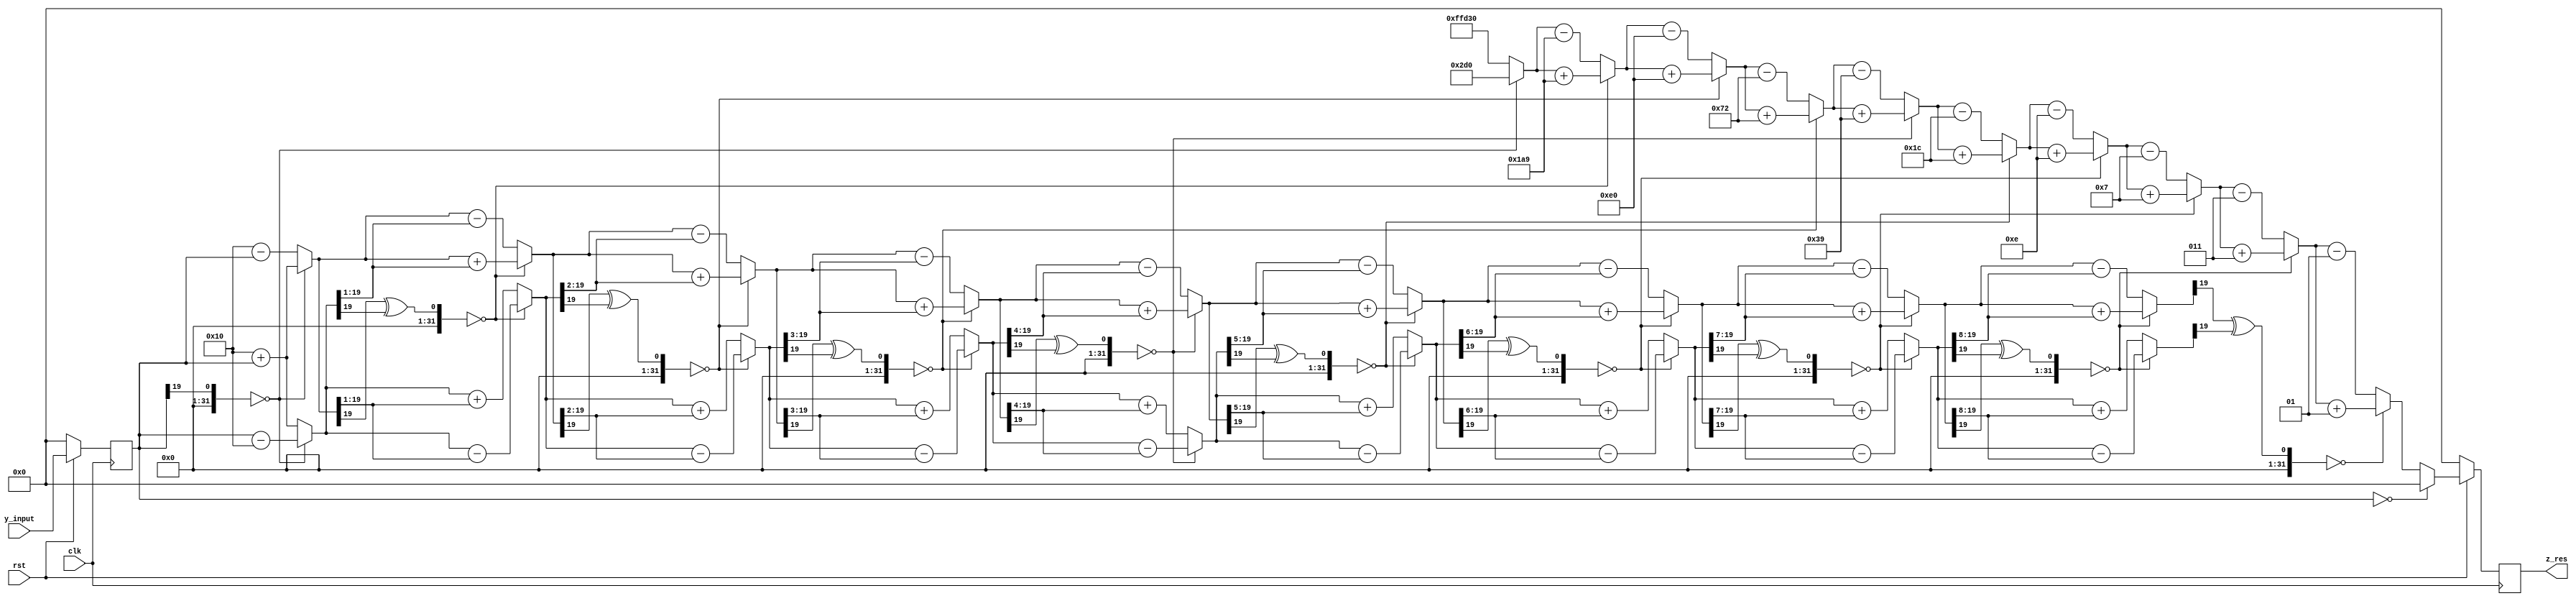
`timescale 1ns / 1ps
//////////////////////////////////////////////////////////////////////////////////
// Company: 
// Engineer: 
// 
// Design Name: 
// Module Name: cordic_sin_cos
// Project Name: 
// Target Devices: 
// Tool Versions: 
// Description: 
// 
// Dependencies: 
// 
// Revision:
// Revision 0.01 - File Created
// Additional Comments:
// 
//////////////////////////////////////////////////////////////////////////////////


module cordic_tan_inverse(clk,rst,y_input,z_res);


 input clk,rst;  // Input clock and reset signalsq
 input signed [19:0] y_input;   // 20 bits to denote the y input (16 bits including MSB for the integer part and 4 bits for the fractional part)
 
 output reg signed [19:0] z_res; // 20 bits (4 for integer part and 16 for fractional part) 
 
 reg signed [19:0] y_input_clk ;  // to store the y input (4 bits for the integer part including MSB and 16 bits for the fractional part)
 
 reg signed [19:0] x [10:0];  // to store the x results of each step (4 bits for the integer part including MSB and 16 bits for the fractional part)
 reg signed [19:0] y [10:0];  // to store the y results of each step (4 bits for the integer part including MSB and 16 bits for the fractional part)
 
 wire signed[19:0] look_up [9:0];       // to store look up values of arc tan using 20 bits (16 bits including MSB to denote the integer part and 4 bits to denote the fractional part)
 reg  signed[19:0] z[10:0];  // Array of 20 bit registers to store the rotated angle 
 reg  d[10:0]; // Array of 1 bit registers to denote the direction of rotation. 1/0 => Anticlockwise / Clockwise rotation 
 
 // In the look up table of tan inverse (2^-i), 16 bits are used for the integer part and 4 bits for the fractional part
 assign look_up[0] = {{6{1'b0}},10'b0000101101,4'b0000};   // 45      degrees
 assign look_up[1] = {{6{1'b0}},10'b0000011010,4'b1001};   // 26.565  degrees
 assign look_up[2] = {{6{1'b0}},10'b0000001110,4'b0000};   // 14.0362 degrees
 assign look_up[3] = {{6{1'b0}},10'b0000000111,4'b0010};   // 7.125   degrees
 assign look_up[4] = {{6{1'b0}},10'b0000000011,4'b1001};   // 3.5763  degrees
 assign look_up[5] = {{6{1'b0}},10'b0000000001,4'b1100};   // 1.7899  degrees
 assign look_up[6] = {{6{1'b0}},10'b0000000000,4'b1110};   // 0.8951  degrees
 assign look_up[7] = {{6{1'b0}},10'b0000000000,4'b0111};   // 0.4476  degrees
 assign look_up[8] = {{6{1'b0}},10'b0000000000,4'b0011};   // 0.2238  degrees
 assign look_up[9] = {{6{1'b0}},10'b0000000000,4'b0001};   // 0.1119  degrees

 always@(posedge clk)
  begin
    if (rst == 0)
      begin
         y_input_clk     <= 20'b0;
         z_res <= 20'b0; 
      end  
    else 
      begin
         y_input_clk <= y_input;
         if(y_input_clk == 0)z_res <= 20'b0;          // for 0 the result must be 0. Doing this to remove the error inherent with CORDIC
         else                z_res <= z[10][19:0];
      end
  end
 
 
 // Place them in a separate always block as they are fixed (This helps us avoid numerous RTL errors)
 always@(*)
   begin
      x[0] = 20'b00000000000000010000; 
      y[0] = y_input_clk; 
      z[0] = 20'b0; 
      d[0] = ((x[0][19] ^ (y[0][19])) == 0) ? 0 : 1;  
   end
   
   
 always@(*)
   begin

//step 1
     x[1] = (d[0] == 1) ? (x[0]-y[0]) : (x[0]+y[0]);     
     y[1] = (d[0] == 1) ? (y[0]+x[0]) : (y[0]-x[0]);
     z[1] = (d[0] == 1) ? (z[0] - look_up[0]) : (z[0]+look_up[0]);
     d[1] = (( (x[1][19]) ^ (y[1][19]) ) == 0) ? 0 : 1;
      
//step 2
     x[2] = (d[1] == 1) ? (x[1] - (y[1]>>>1)) : (x[1]+(y[1]>>>1));
     y[2] = (d[1] == 1) ? (y[1] + (x[1]>>>1)) : (y[1]-(x[1]>>>1));
     z[2] = (d[1] == 1) ? (z[1] - look_up[1]) : (z[1]+look_up[1]);
     d[2] = (( (x[2][19]) ^ (y[2][19]) ) == 0) ? 0 : 1;
     
//step 3
     x[3] = (d[2] == 1) ? (x[2] - (y[2]>>>2)) : (x[2]+(y[2]>>>2));
     y[3] = (d[2] == 1) ? (y[2] + (x[2]>>>2)) : (y[2]-(x[2]>>>2));
     z[3] = (d[2] == 1) ? (z[2] - look_up[2]) : (z[2]+look_up[2]);
     d[3] = (( (x[3][19]) ^ (y[3][19]) ) == 0) ? 0 : 1;
     
//step 4
     x[4] = (d[3] == 1) ? (x[3] - (y[3]>>>3)) : (x[3]+(y[3]>>>3));
     y[4] = (d[3] == 1) ? (y[3] + (x[3]>>>3)) : (y[3]-(x[3]>>>3));
     z[4] = (d[3] == 1) ? (z[3] - look_up[3]) : (z[3]+look_up[3]);
     d[4] = (( (x[4][19]) ^ (y[4][19]) ) == 0) ? 0 : 1;
     
//step 5
     x[5] = (d[4] == 1) ? (x[4] - (y[4]>>>4)) : (x[4]+(y[4]>>>4));
     y[5] = (d[4] == 1) ? (y[4] + (x[4]>>>4)) : (y[4]-(x[4]>>>4));
     z[5] = (d[4] == 1) ? (z[4] - look_up[4]) : (z[4]+look_up[4]);
     d[5] = (( (x[5][19]) ^ (y[5][19]) ) == 0) ? 0 : 1;
     
//step 6
     x[6] = (d[5] == 1) ? (x[5] - (y[5]>>>5)) : (x[5]+(y[5]>>>5));
     y[6] = (d[5] == 1) ? (y[5] + (x[5]>>>5)) : (y[5]-(x[5]>>>5));
     z[6] = (d[5] == 1) ? (z[5] - look_up[5]) : (z[5]+look_up[5]);
     d[6] = (( (x[6][19]) ^ (y[6][19]) ) == 0) ? 0 : 1;
     
//step 7
     x[7] = (d[6] == 1) ? (x[6] - (y[6]>>>6)) : (x[6]+(y[6]>>>6));
     y[7] = (d[6] == 1) ? (y[6] + (x[6]>>>6)) : (y[6]-(x[6]>>>6));
     z[7] = (d[6] == 1) ? (z[6] - look_up[6]) : (z[6]+look_up[6]);
     d[7] = (( (x[7][19]) ^ (y[7][19]) ) == 0) ? 0 : 1;
     
//step 8
     x[8] = (d[7] == 1) ? (x[7] - (y[7]>>>7)) : (x[7]+(y[7]>>>7));
     y[8] = (d[7] == 1) ? (y[7] + (x[7]>>>7)) : (y[7]-(x[7]>>>7));
     z[8] = (d[7] == 1) ? (z[7] - look_up[7]) : (z[7]+look_up[7]);
     d[8] = (( (x[8][19]) ^ (y[8][19]) ) == 0) ? 0 : 1;
     
//step 9
     x[9] = (d[8] == 1) ? (x[8] - (y[8]>>>8)) : (x[8]+(y[8]>>>8));
     y[9] = (d[8] == 1) ? (y[8] + (x[8]>>>8)) : (y[8]-(x[8]>>>8));
     z[9] = (d[8] == 1) ? (z[8] - look_up[8]) : (z[8]+look_up[8]);
     d[9] = (( (x[9][19]) ^ (y[9][19]) ) == 0) ? 0 : 1;

//step 10
     x[10] = (d[9] == 1) ? (x[9] - (y[1]>>>9)) : (x[9]+(y[9]>>>9));
     y[10] = (d[9] == 1) ? (y[9] + (x[1]>>>9)) : (y[9]-(x[9]>>>9));
     z[10] = (d[9] == 1) ? (z[9] - look_up[9]) : (z[9]+look_up[9]);
     d[10] = (( (x[10][19]) ^ (y[10][19]) ) == 0) ? 0 : 1;
   end

endmodule